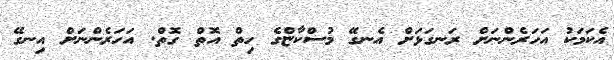
އެކަމަކު އަހަރެންނަށް ރަނގަޅަށް އެނގޭ މުސްކާޏްގެ ހިތް އޮތް ގޮތް. އަހަރެންނަށް އިނގޭ